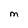
Character: M